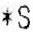
*S